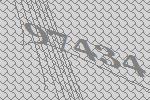
97434